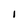
Character: I